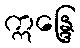
ဣန္ဒြေ